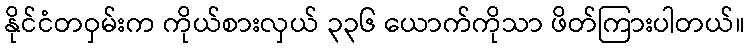
နိုင်ငံတဝှမ်းက ကိုယ်စားလှယ် ၃၃၆ ယောက်ကိုသာ ဖိတ်ကြားပါတယ်။